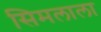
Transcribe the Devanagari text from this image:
सिमलाला